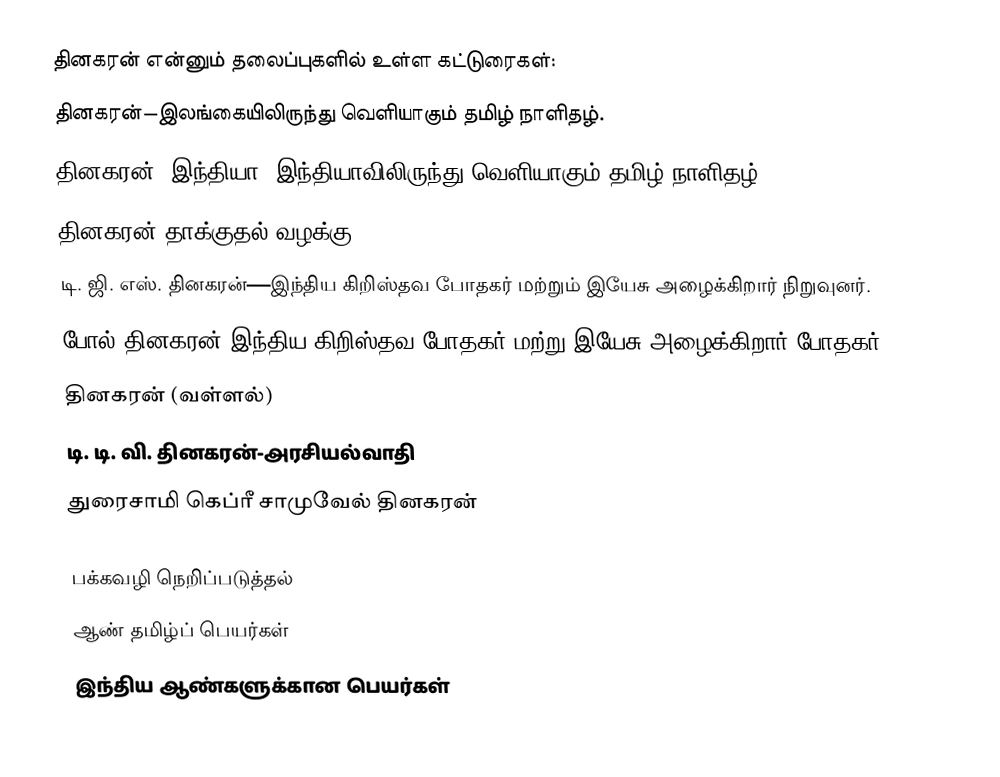
தினகரன் என்னும் தலைப்புகளில் உள்ள கட்டுரைகள்:
தினகரன்—இலங்கையிலிருந்து வெளியாகும் தமிழ் நாளிதழ்.
தினகரன் (இந்தியா)—இந்தியாவிலிருந்து வெளியாகும் தமிழ் நாளிதழ்.
தினகரன் தாக்குதல் வழக்கு
டி. ஜி. எஸ். தினகரன்—இந்திய கிறிஸ்தவ போதகர் மற்றும் இயேசு அழைக்கிறார் நிறுவுனர்.
போல் தினகரன்—இந்திய கிறிஸ்தவ போதகர் மற்று இயேசு அழைக்கிறார் போதகர்.
தினகரன் (வள்ளல்)
டி. டி. வி. தினகரன்-அரசியல்வாதி
துரைசாமி கெப்ரீ சாமுவேல் தினகரன்

பக்கவழி நெறிப்படுத்தல்
ஆண் தமிழ்ப் பெயர்கள்
இந்திய ஆண்களுக்கான பெயர்கள்